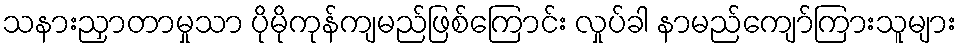
သနားညှာတာမှုသာ ပိုမိုကုန်ကျမည်ဖြစ်ကြောင်း လှုပ်ခါ နာမည်ကျော်ကြားသူများ